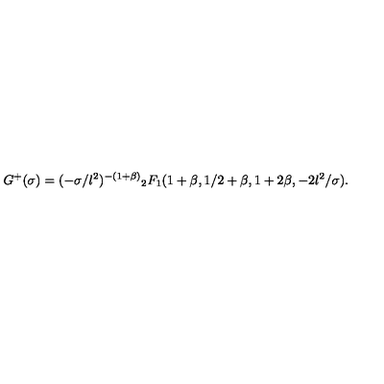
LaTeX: G ^ { + } ( \sigma ) = ( - \sigma / l ^ { 2 } ) ^ { - ( 1 + \beta ) } { } _ { 2 } F _ { 1 } ( 1 + \beta , 1 / 2 + \beta , 1 + 2 \beta , - 2 l ^ { 2 } / \sigma ) .